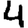
Digit: 4